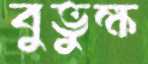
বুভুক্ষ